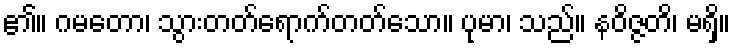
၏။ ဂမတော၊ သွားတတ်ရောက်တတ်သော။ ပုမာ၊ သည်။ နဝိဇ္ဇတိ၊ မရှိ။